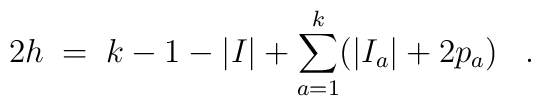
2h \;=\; k - 1 - |I| + \sum_{a=1}^k (|I_a| + 2 p_a) \;\;\; .